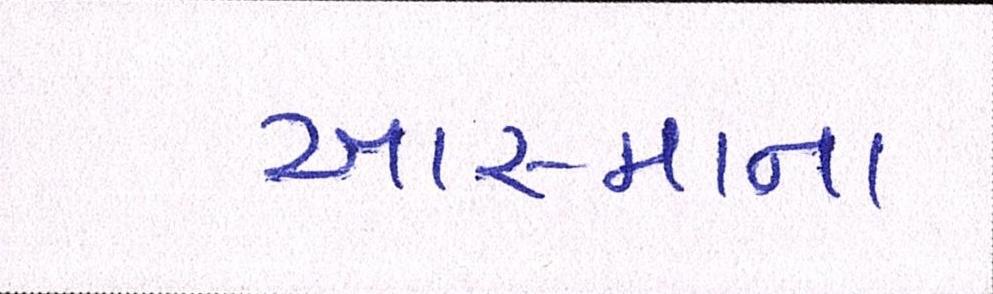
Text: આસ્માના